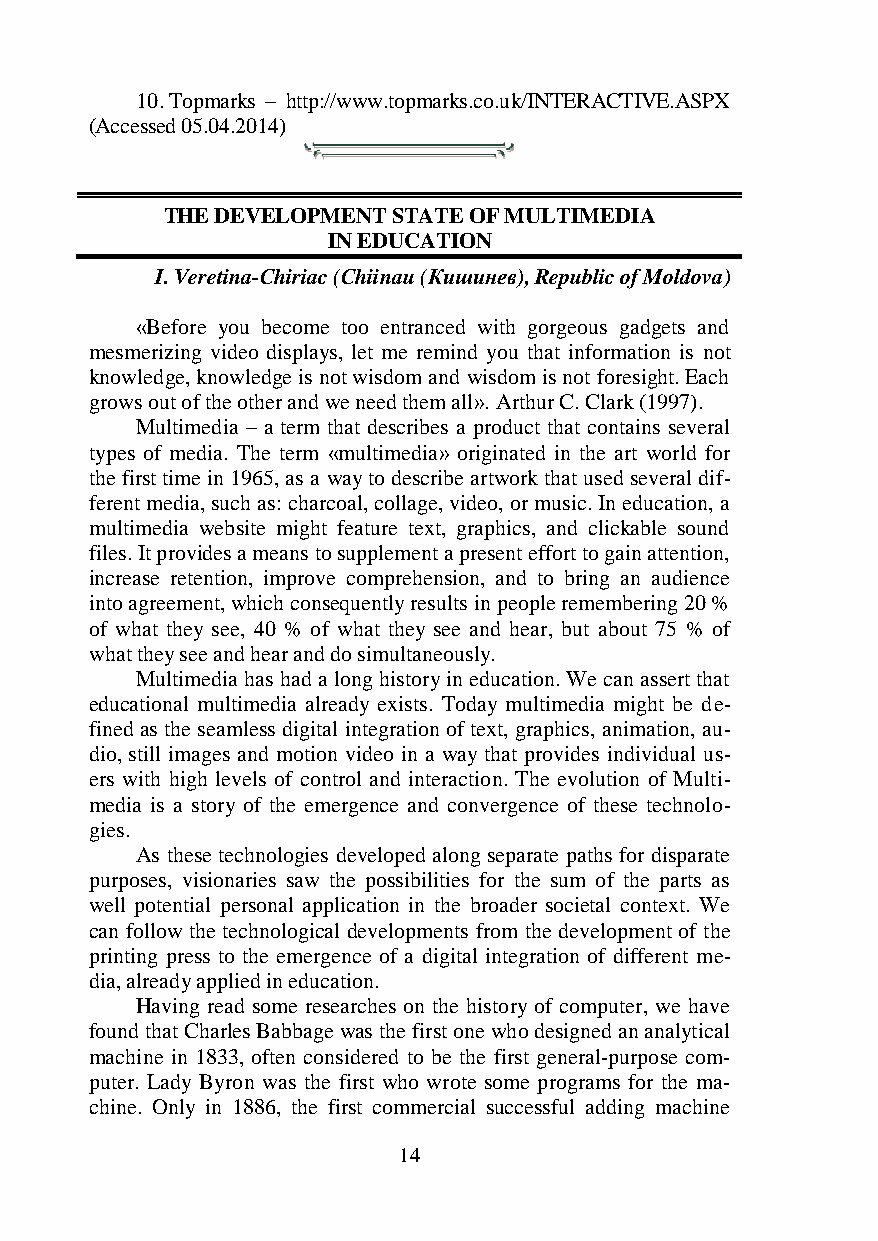
10. Topmarks – http://www.topmarks.co.uk/INTERACTIVE.ASPX
 (Accessed 05.04.2014)
 THE DEVELOPMENT STATE OF MULTIMEDIA
 IN EDUCATION
 I. Veretina-Chiriac (Chiinau (Кишинев), Republic of Moldova)
 «Before you become too entranced with gorgeous gadgets and
 mesmerizing video displays, let me remind you that information is not
 knowledge, knowledge is not wisdom and wisdom is not foresight. Each
 grows out of the other and we need them all». Arthur C. Clark (1997).
 Multimedia – a term that describes a product that contains several
 types of media. The term «multimedia» originated in the art world for
 the first time in 1965, as a way to describe artwork that used several dif-
 ferent media, such as: charcoal, collage, video, or music. In education, a
 multimedia website might feature text, graphics, and clickable sound
 files. It provides a means to supplement a present effort to gain attention,
 increase retention, improve comprehension, and to bring an audience
 into agreement, which consequently results in people remembering 20 %
 of what they see, 40 % of what they see and hear, but about 75 % of
 what they see and hear and do simultaneously.
 Multimedia has had a long history in education. We can assert that
 educational multimedia already exists. Today multimedia might be de-
 fined as the seamless digital integration of text, graphics, animation, au-
 dio, still images and motion video in a way that provides individual us-
 ers with high levels of control and interaction. The evolution of Multi-
 media is a story of the emergence and convergence of these technolo-
 gies.
 As these technologies developed along separate paths for disparate
 purposes, visionaries saw the possibilities for the sum of the parts as
 well potential personal application in the broader societal context. We
 can follow the technological developments from the development of the
 printing press to the emergence of a digital integration of different me-
 dia, already applied in education.
 Having read some researches on the history of computer, we have
 found that Charles Babbage was the first one who designed an analytical
 machine in 1833, often considered to be the first general-purpose com-
 puter. Lady Byron was the first who wrote some programs for the ma-
 chine. Only in 1886, the first commercial successful adding machine
 14